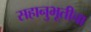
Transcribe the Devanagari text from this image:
सहानुभूतीचा